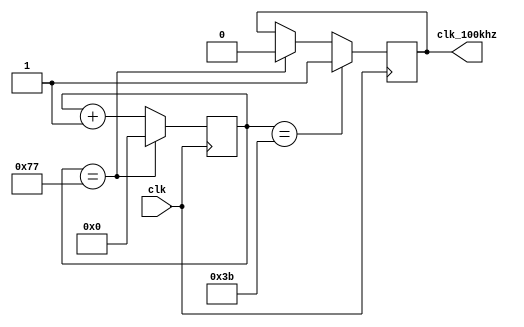
`timescale 1ns / 1ps
//////////////////////////////////////////////////////////////////////////////////
// Company: Myminieye
// 
// Design Name: 
// Module Name: div_clk
// Project Name: 
// Target Devices: 
// Tool Versions: 
// Description: 100khz10ms
// 
// Dependencies: 
// Revision: v1.0
// Revision 0.01 - File Created
// Additional Comments:
// 
//////////////////////////////////////////////////////////////////////////////////
`define UD #1
module div_clk
(
	input clk,
	output  clk_100khz
);
//times =120 :83.33ns*120=10ms=100khz;
reg [8:0]cnt=9'b0;
always @(posedge clk)
begin
	if(cnt == 9'd119)
		cnt<= `UD 9'd0;
	else 
		cnt <= `UD cnt + 1'b1;
end  

reg flag=1'b0;
always @(posedge clk)
begin
	if(cnt == 9'd59)
		flag <= `UD 1'b1;
	else if(cnt == 9'd119)
		flag <= `UD 1'b0;
end 
assign clk_100khz = flag;

endmodule